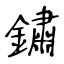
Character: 鏽